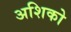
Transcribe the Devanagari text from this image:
अशिको